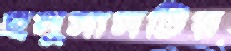
হনুমানটির